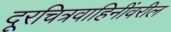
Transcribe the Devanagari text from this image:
दूरचित्रवाहिनींवरील